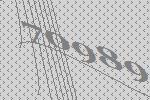
70989